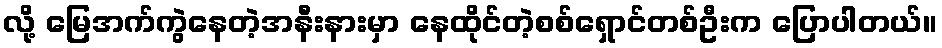
လို့ မြေအက်ကွဲနေတဲ့အနီးနားမှာ နေထိုင်တဲ့စစ်ရှောင်တစ်ဦးက ပြောပါတယ်။